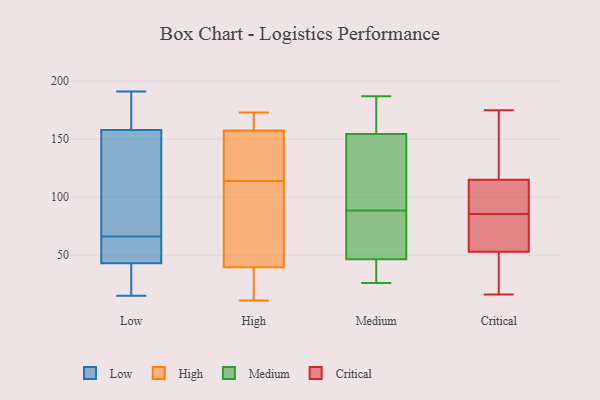
{"axis": {"x": "Website Visitors", "y": "Value"}, "legend": ["Critical", "High", "Low", "Medium"], "data": [{"x": "", "y": 158, "type": "Low"}, {"x": "", "y": 55, "type": "Low"}, {"x": "", "y": 144, "type": "Low"}, {"x": "", "y": 15, "type": "Low"}, {"x": "", "y": 18, "type": "Low"}, {"x": "", "y": 172, "type": "Low"}, {"x": "", "y": 44, "type": "Low"}, {"x": "", "y": 43, "type": "Low"}, {"x": "", "y": 191, "type": "Low"}, {"x": "", "y": 77, "type": "Low"}, {"x": "", "y": 20, "type": "High"}, {"x": "", "y": 17, "type": "High"}, {"x": "", "y": 31, "type": "High"}, {"x": "", "y": 171, "type": "High"}, {"x": "", "y": 150, "type": "High"}, {"x": "", "y": 165, "type": "High"}, {"x": "", "y": 53, "type": "High"}, {"x": "", "y": 148, "type": "High"}, {"x": "", "y": 88, "type": "High"}, {"x": "", "y": 142, "type": "High"}, {"x": "", "y": 167, "type": "High"}, {"x": "", "y": 138, "type": "High"}, {"x": "", "y": 11, "type": "High"}, {"x": "", "y": 90, "type": "High"}, {"x": "", "y": 173, "type": "High"}, {"x": "", "y": 48, "type": "High"}, {"x": "", "y": 187, "type": "Medium"}, {"x": "", "y": 141, "type": "Medium"}, {"x": "", "y": 50, "type": "Medium"}, {"x": "", "y": 34, "type": "Medium"}, {"x": "", "y": 47, "type": "Medium"}, {"x": "", "y": 46, "type": "Medium"}, {"x": "", "y": 115, "type": "Medium"}, {"x": "", "y": 62, "type": "Medium"}, {"x": "", "y": 123, "type": "Medium"}, {"x": "", "y": 168, "type": "Medium"}, {"x": "", "y": 169, "type": "Medium"}, {"x": "", "y": 26, "type": "Medium"}, {"x": "", "y": 69, "type": "Critical"}, {"x": "", "y": 16, "type": "Critical"}, {"x": "", "y": 135, "type": "Critical"}, {"x": "", "y": 115, "type": "Critical"}, {"x": "", "y": 87, "type": "Critical"}, {"x": "", "y": 79, "type": "Critical"}, {"x": "", "y": 53, "type": "Critical"}, {"x": "", "y": 165, "type": "Critical"}, {"x": "", "y": 79, "type": "Critical"}, {"x": "", "y": 46, "type": "Critical"}, {"x": "", "y": 108, "type": "Critical"}, {"x": "", "y": 85, "type": "Critical"}, {"x": "", "y": 103, "type": "Critical"}, {"x": "", "y": 86, "type": "Critical"}, {"x": "", "y": 42, "type": "Critical"}, {"x": "", "y": 175, "type": "Critical"}, {"x": "", "y": 127, "type": "Critical"}, {"x": "", "y": 48, "type": "Critical"}]}